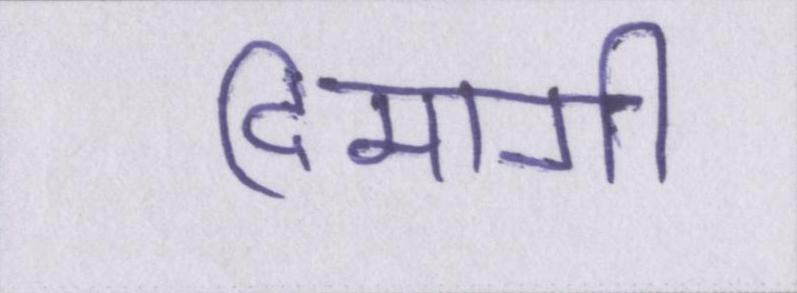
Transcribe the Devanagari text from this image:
दिमागी